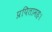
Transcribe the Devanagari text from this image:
प्रपितामहः।